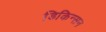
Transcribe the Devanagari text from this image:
डिकिन्‍सन